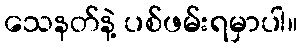
သေနတ်နဲ့ ပစ်ဖမ်းရမှာပါ။